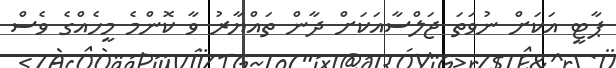
ޕާޓީ އަކަށް ނުވަތަ ޖަލްސާއަކަށް ދާން ތައްޔާރު ވާ ކޮންމެ މީހެއްގެ ވެސް